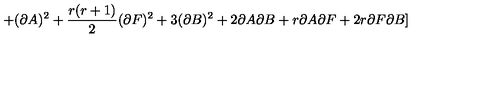
+ ( \partial A ) ^ { 2 } + \frac { r ( r + 1 ) } { 2 } ( \partial F ) ^ { 2 } + 3 ( \partial B ) ^ { 2 } + 2 \partial A \partial B + r \partial A \partial F + 2 r \partial F \partial B ]